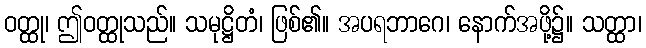
ဝတ္ထု၊ ဤဝတ္ထုသည်။ သမုဋ္ဌိတံ၊ ဖြစ်၏။ အပရဘာဂေ၊ နောက်အဖို့၌။ သတ္ထာ၊